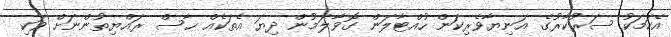
އެކަމަކު ސަރުކާރުގެ އަނިޔާވެރިކަން ހުއްޓާލަން ގޮވާލަމުން ދިޔަ އެތަކެއް ހާސް ރައްޔިތުންނަށް ވަކި